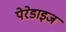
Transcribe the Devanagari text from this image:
पेरेडाइज